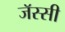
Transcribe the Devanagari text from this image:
जॅस्सी